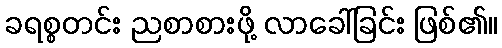
ခရစ္စတင်း ညစာစားဖို့ လာခေါ်ခြင်း ဖြစ်၏။